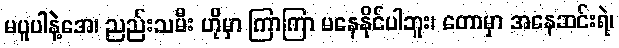
မပူပါနဲ့အေ၊ ညည်းသမီး ဟိုမှာ ကြာကြာ မနေနိုင်ပါဘူး၊ တောမှာ အနေဆင်းရဲ၊